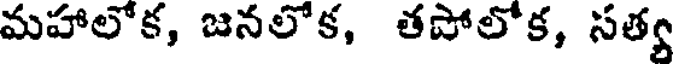
మహాలోక, జనలోక, తపోలోక, సత్య